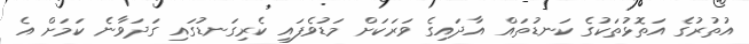
އުތުރުގެ އަތޮޅުތަކުގެ ކަނޑުތައް އާދައިގެ ވަރަކަށް މަޑުވެފައި ކެރިގަނޑުގައި ގަދަވާނެ ކަމަށް އެ